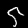
Digit: 5